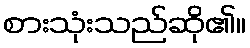
စားသုံးသည်ဆို၏။